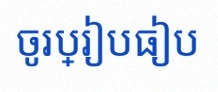
ចូរប្រៀបធៀប